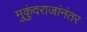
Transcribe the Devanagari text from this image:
मुकुंदराजांनंतर